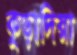
কুড়াদিয়া